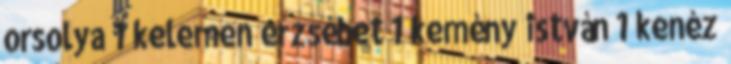
orsolya 1 kelemen erzsébet 1 kemény istván 1 kenéz